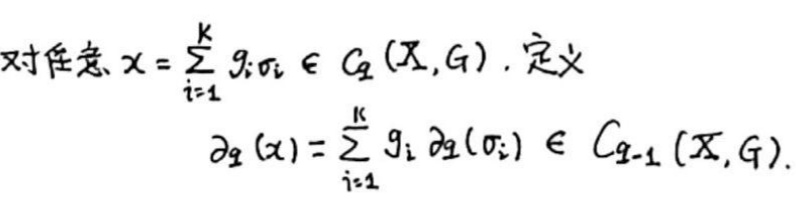
对任意 \(x = \sum_{i = 1}^{k} g_{i} \sigma_{i} \in C_{q}(X, G)\)，定义
\[
\partial_{q}(x) = \sum_{i = 1}^{k} g_{i} \partial_{q}(\sigma_{i}) \in C_{q - 1}(X, G).
\]